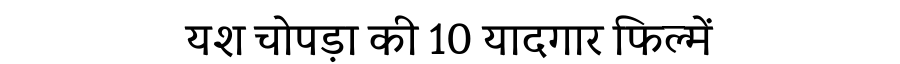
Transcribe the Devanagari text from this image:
यश चोपड़ा की 10 यादगार फिल्में